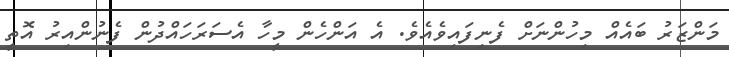
މަންޒަރު ބައެއް މިހުންނަށް ފެނިފައިވެއެވެ. އެ އަންހެން މީހާ އެސަރަހައްދުން ފެނުންއިރު އޮތީ